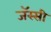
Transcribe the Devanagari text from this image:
जॅस्सी